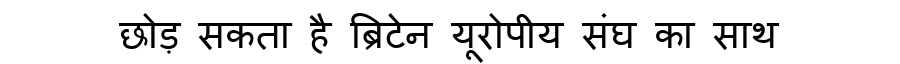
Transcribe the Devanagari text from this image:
छोड़ सकता है ब्रिटेन यूरोपीय संघ का साथ